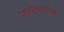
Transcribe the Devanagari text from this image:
नायनमार्गळ